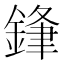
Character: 𮢢